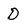
Character: d